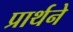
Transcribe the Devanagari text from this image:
प्रार्थने